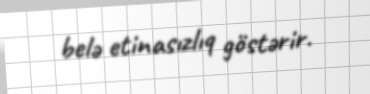
belə etinasızlıq göstərir.